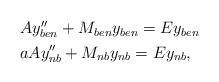
\begin{align*} \begin{aligned} & Ay''_{ben} +M_{ben}y_{ben}=Ey_{ben} \\ & aAy''_{nb} +M_{nb}y_{nb}=Ey_{nb},\end{aligned}\end{align*}